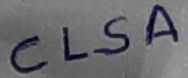
Text: CLSA